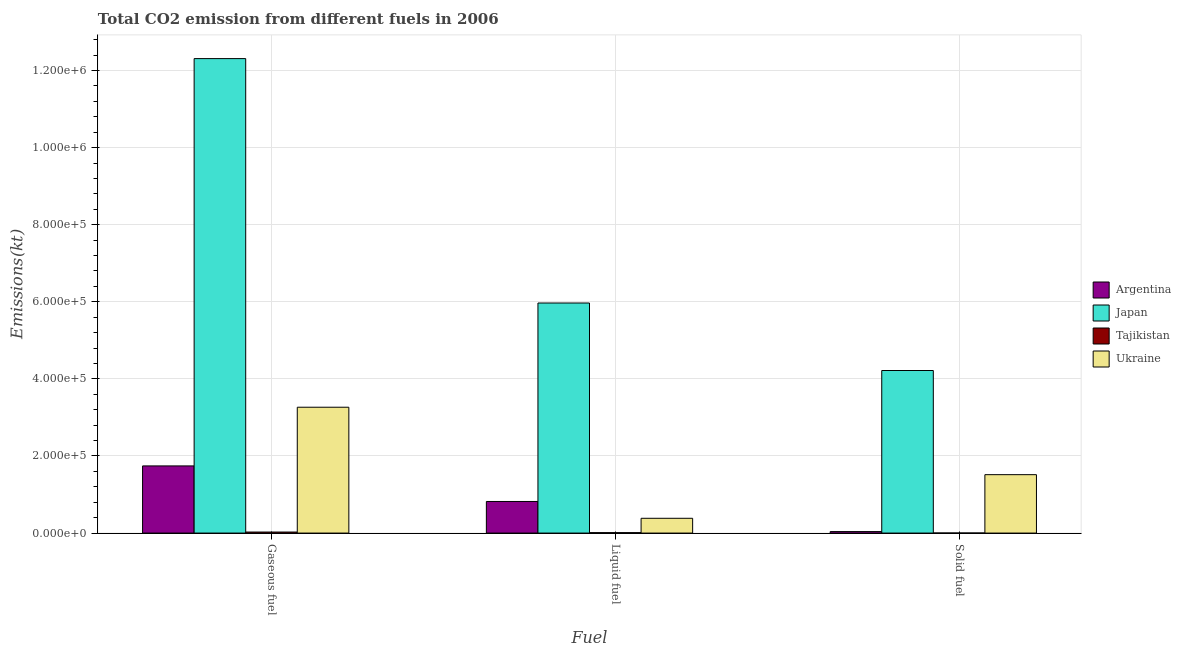
| Fuel | Argentina | Japan | Tajikistan | Ukraine |
 | --- | --- | --- | --- | --- |
 | Gaseous fuel | 1.74e+05 | 1.23e+06 | 2.66e+03 | 3.26e+05 |
 | Liquid fuel | 8.2e+04 | 5.97e+05 | 1.11e+03 | 3.84e+04 |
 | Solid fuel | 3.87e+03 | 4.22e+05 | 176 | 1.52e+05 |